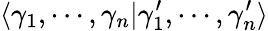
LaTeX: \langle\gamma_{1},\cdots,\gamma_{n}|\gamma_{1}^{\prime},\cdots,\gamma_{n}^{\prime}\rangle